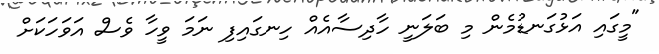
"މީގައި އަޅުގަނޑުމެން މި ބަލަނީ ހާދިސާއެއް ހިނގައިފި ނަމަ ވީހާ ވެސް އަވަހަކަށް